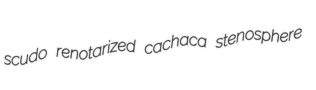
scudo renotarized cachaca stenosphere